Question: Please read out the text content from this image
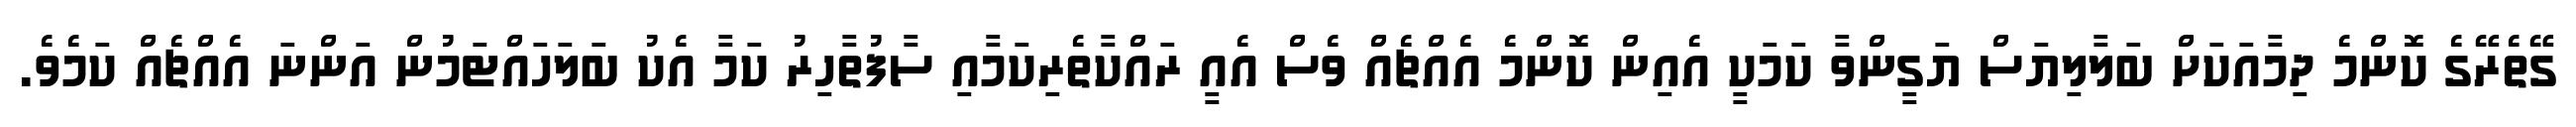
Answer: ގޭތެރޭގެ ކޮންމެ ދިމާއަކަށް ބަލާލިޔަސް ޔަގީންވާ ކަމަކީ އެއިން ކޮންމެ އެއްޗެއް ވެސް އެއީ ރައްކާތެރިކަމާއި ސާފުތާހިރު ކަމާ އެކު ބަލަހައްޓަމުން އަންނަ އެއްޗެއް ކަމެވެ.